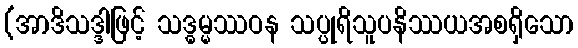
(အာဒိသဒ္ဒါဖြင့် သဒ္ဓမ္မဿဝန သပ္ပုရိသူပနိဿယအစရှိသော